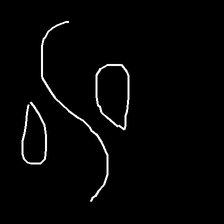
Glyph: water